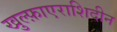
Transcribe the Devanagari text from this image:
खुल्फ़ाएराशिदीन